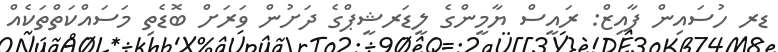
ޑރ ހުސައިން ފާއިޒް: ރައީސް ޔާމީންގެ ލީޑަރޝީޕްގެ ދަށުން ވަރަށް ބޮޑެތި މަސައްކަތްތަކެއް